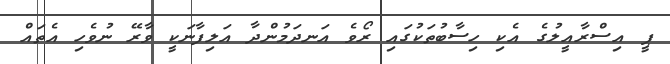
ޕީ އިސްރާއީލުގެ އެކި ހިސާބުތަކުގައި ރޯވެ އަނދަމުންދާ އަލިފާނަކީ ވާރޭ ނުވެހި އެތައް